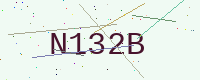
Text: N132B